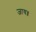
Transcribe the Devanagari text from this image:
जाय॥